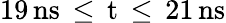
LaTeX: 19\, \mathrm{{ns}\, \leq\, t\, \leq\, 21\, \mathrm{{ns}}}